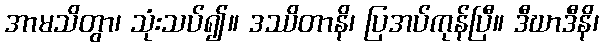
အာမသိတွာ၊ သုံးသပ်၍။ ဒဿိတာနိ၊ ပြအပ်ကုန်ပြီ။ ဒီဃာဒီနိ၊